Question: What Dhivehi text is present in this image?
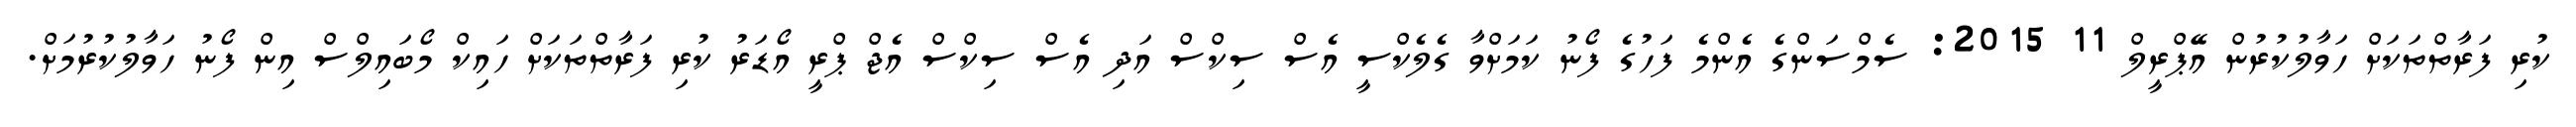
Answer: ކުރި ފަރާތްތަކަށް ހަވާލުކުރުން އޭޕްރީލް 11 2015: ސެމްސަންގެ އެންމެ ފަހުގެ ފޯނު ކަމަށްވާ ގެލެކްސީ އެސް ސިކްސް އަދި އެސް ސިކްސް އެޖް ޕްރީ އޯޑަރު ކުރި ފަރާތްތަކަށް ހައިކް މޯބައިލްސް އިން ފޯނު ހަވާލުކުރުމަށް.